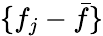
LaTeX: \{ f_{j}-\bar{f}\}